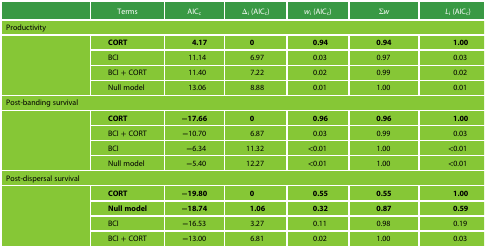
<table><thead><tr><td></td><td><b>Terms</b></td><td><b>AIC<sub>c</sub></b></td><td><b>Δ<sub>i</sub> (AIC<sub>c</sub>)</b></td><td><b><i>w</i><sub>i</sub> (AIC<sub>c</sub>)</b></td><td><b>Σ<i>w</i></b></td><td><b><i>L</i><sub>i</sub> (AIC<sub>c</sub>)</b></td></tr></thead><tbody><tr><td colspan="7">Productivity</td></tr><tr><td></td><td><b>CORT</b></td><td><b>4.17</b></td><td><b>0</b></td><td><b>0.94</b></td><td><b>0.94</b></td><td><b>1.00</b></td></tr><tr><td></td><td>BCI</td><td>11.14</td><td>6.97</td><td>0.03</td><td>0.97</td><td>0.03</td></tr><tr><td></td><td>BCI + CORT</td><td>11.40</td><td>7.22</td><td>0.02</td><td>0.99</td><td>0.02</td></tr><tr><td></td><td>Null model</td><td>13.06</td><td>8.88</td><td>0.01</td><td>1.00</td><td>0.01</td></tr><tr><td colspan="7">Post-banding survival</td></tr><tr><td></td><td><b>CORT</b></td><td><b>−17.66</b></td><td><b>0</b></td><td><b>0.96</b></td><td><b>0.96</b></td><td><b>1.00</b></td></tr><tr><td></td><td>BCI + CORT</td><td><b>−</b>10.70</td><td>6.87</td><td>0.03</td><td>0.99</td><td>0.03</td></tr><tr><td></td><td>BCI</td><td><b>−</b>6.34</td><td>11.32</td><td>&lt;0.01</td><td>1.00</td><td>&lt;0.01</td></tr><tr><td></td><td>Null model</td><td><b>−</b>5.40</td><td>12.27</td><td>&lt;0.01</td><td>1.00</td><td>&lt;0.01</td></tr><tr><td colspan="7">Post-dispersal survival</td></tr><tr><td></td><td><b>CORT</b></td><td><b>−19.80</b></td><td><b>0</b></td><td><b>0.55</b></td><td><b>0.55</b></td><td><b>1.00</b></td></tr><tr><td></td><td><b>Null model</b></td><td><b>−18.74</b></td><td><b>1.06</b></td><td><b>0.32</b></td><td><b>0.87</b></td><td><b>0.59</b></td></tr><tr><td></td><td>BCI</td><td><b>−</b>16.53</td><td>3.27</td><td>0.11</td><td>0.98</td><td>0.19</td></tr><tr><td></td><td>BCI + CORT</td><td><b>−</b>13.00</td><td>6.81</td><td>0.02</td><td>1.00</td><td>0.03</td></tr></tbody></table>